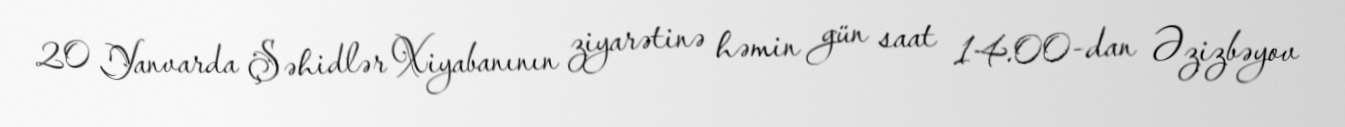
20 Yanvarda Şəhidlər Xiyabanının ziyarətinə həmin gün saat 14.00-dan Əzizbəyov